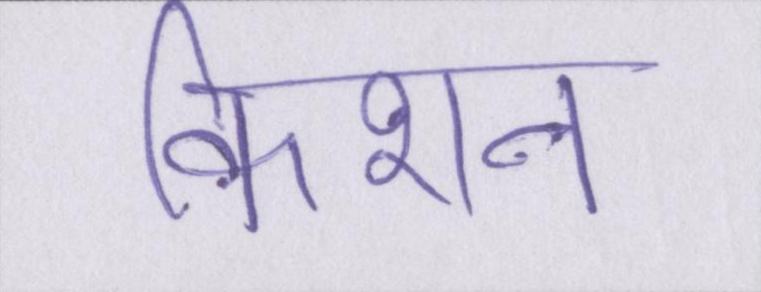
किशन